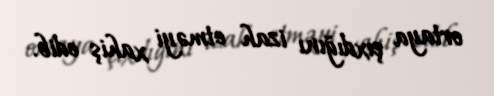
ortaya çıxdığını izah etməyi xahiş edib.